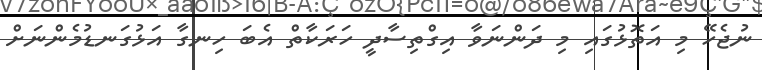
ނުޖެހޭ މި އަތޮޅުގައި މި ދަންނަވާ އިގްތިސާދީ ހަރަކާތް އެބަ ހިނގާ އަޅުގަނޑުމެންނަށް